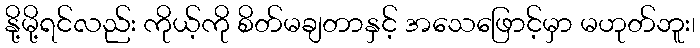
နို့မို့ရင်လည်း ကိုယ့်ကို စိတ်မချတာနှင့် အသေဖြောင့်မှာ မဟုတ်ဘူး၊